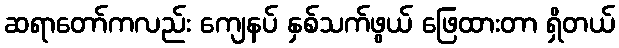
ဆရာတော်ကလည်း ကျေနပ် နှစ်သက်ဖွယ် ဖြေထားတာ ရှိတယ်